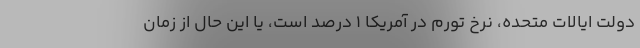
دولت ایالات متحده، نرخ تورم در آمریکا ۱ درصد است، یا این حال از زمان